Indian journal of veterinary science and animal husbandry - Volume 5,
Year: 1935
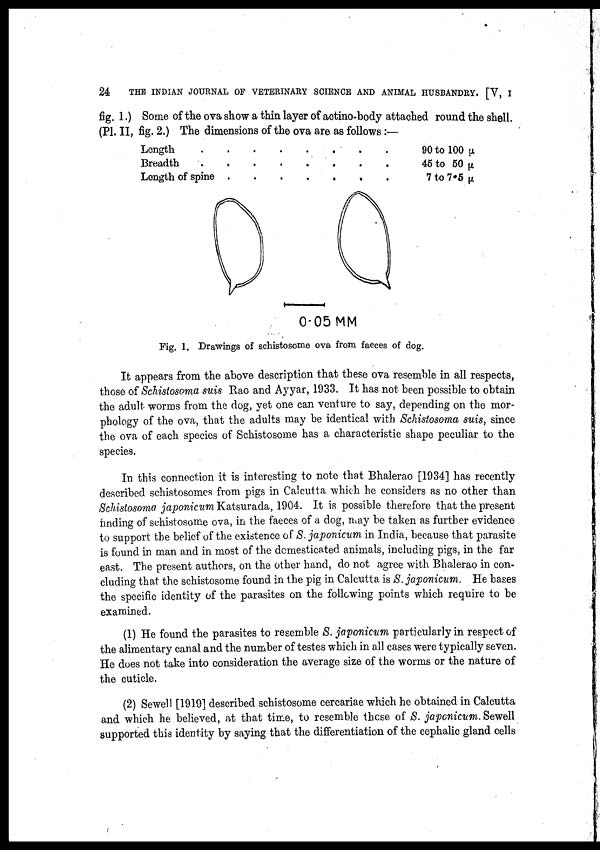
24
THE INDIAN JOURNAL OF VETERINARY SCIENCE AND ANIMAL HUSBANDRY. [V, I
fig. 1.) Some of the ova show a thin layer of actino-body attached round the shell.
(P1. II, fig. 2.) The dimensions of the ova are as follows:—
Length . . . . . . . .
Breadth
.
.
.
.
.
.
.
.
Length of spine . . . . . . .
90 to 100 µ.
45 to 50 µ
7 to 7.5 µ
Fig. 1. Drawings of schistosome ova from faeces of dog.
It appears from the above description that these ova resemble in all respects,
those of Schistosoma suis Rao and Ayyar, 1933. It has not been possible to obtain
the adult worms from the dog, yet one can venture to say, depending on the mor-
phology of the ova, that the adults may be identical with Schistosoma suis, since
the ova of each species of Schistosome has a characteristic shape peculiar to the
species.
In this connection it is interesting to note that Bhalerao [1934] has recently
described schistosomes from pigs in Calcutta which he considers as no other than
Schistosoma japonicum Katsurada, 1904. It is possible therefore that the present
finding of schistosome ova, in the faeces of a dog, may be taken as further evidence
to support the belief of the existence of S. japonicum in India, because that parasite
is found in man and in most of the domesticated animals, including pigs, in the far
east. The present authors, on the other hand, do not agree with Bhalerao in con-
cluding that the schistosome found in the pig in Calcutta is S. japonicum. He bases
the specific identity of the parasites on the following points which require to be
examined.
(1) He found the parasites to resemble S. japonicum particularly in respect of
the alimentary canal and the number of testes which in all cases were typically seven.
He does not take into consideration the average size of the worms or the nature of
the cuticle.
(2) Sewell [1919] described schistosome cercariae which he obtained in Calcutta
and which he believed, at that time, to resemble these of S. japonicum. Sewell
supported this identity by saying that the differentiation of the cephalic gland cells